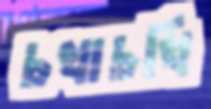
চখাচখি